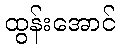
ထွန်းအောင်